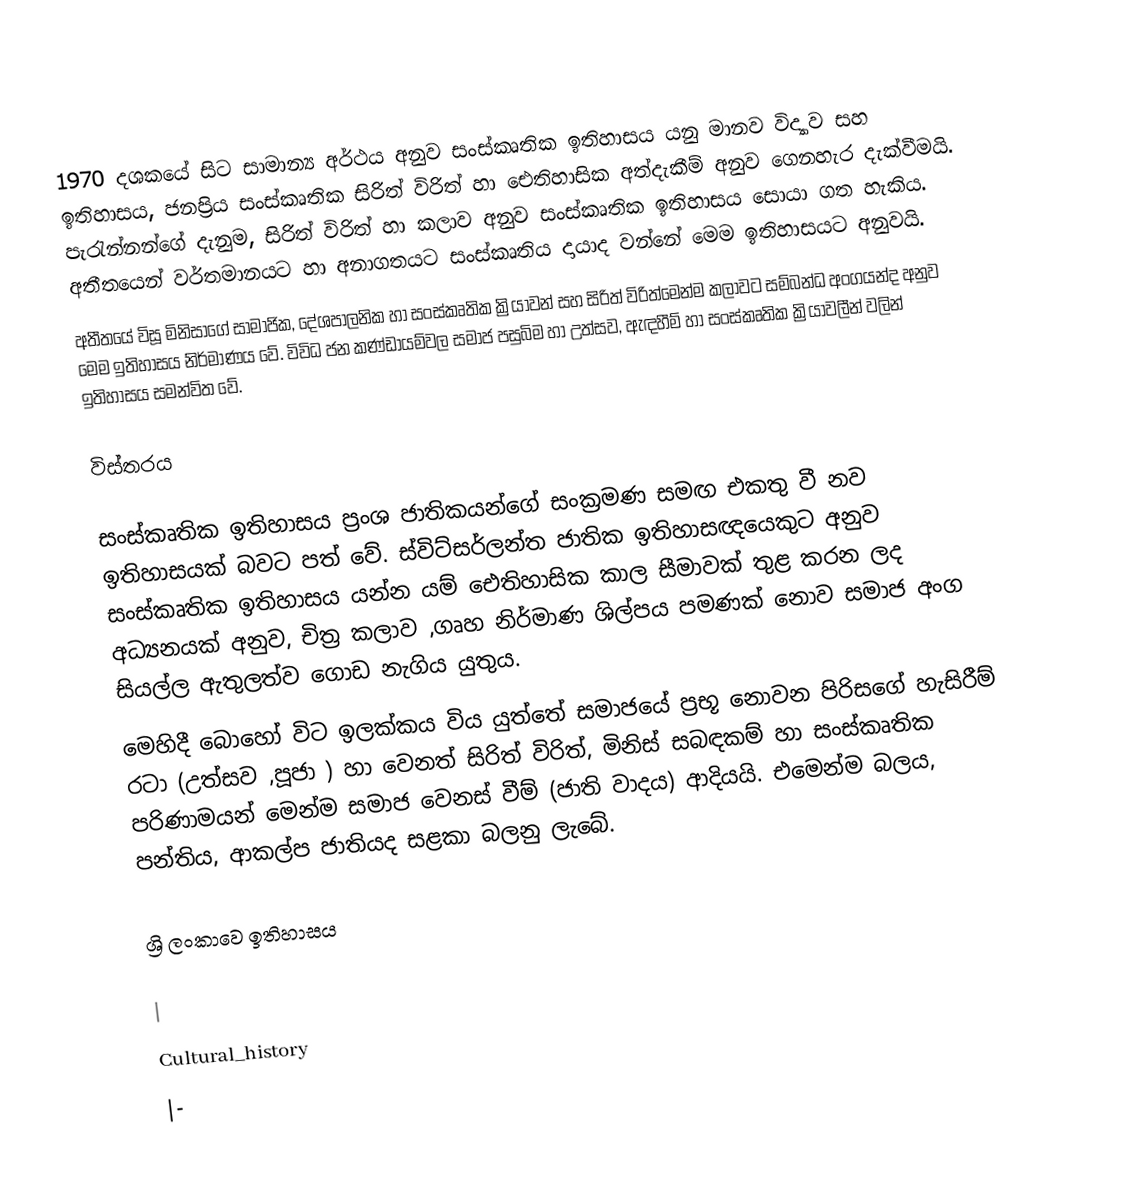
1970 දශකයේ සිට සාමාන්‍ය අර්ථය අනුව සංස්කෘතික ඉතිහාසය යනු මානව විද්‍යාව සහ ඉතිහාසය, ජනප්‍රිය සංස්කෘතික සිරිත් විරිත් හා ඓතිහාසික අත්දැකීම් අනුව ගෙනහැර දැක්වීමයි. පැරැන්නන්ගේ දැනුම, සිරිත් විරිත් හා කලාව අනුව සංස්කෘතික ඉතිහාසය සොයා ගත හැකිය. අතීතයෙන් වර්තමානයට හා අනාගතයට සංස්කෘතිය දායාද වන්නේ මෙම ඉතිහාසයට අනුවයි.
අතීතයේ විසූ මිනිසාගේ සාමාජික, දේශපාලනික හා සංස්කෘතික ක්‍රියාවන් සහ සිරිත් විරිත්මෙන්ම කලාවට සම්බන්ධ අංගයන්ද අනුව මෙම ඉතිහාසය නිර්මාණය වේ. විවිධ ජන කණ්ඩායම්වල සමාජ පසුබිම හා උත්සව, ඇඳහීම් හා සංස්කෘතික ක්‍රියාවලීන් වලින් ඉතිහාසය සමන්විත වේ.

විස්තරය

සංස්කෘතික ඉතිහාසය ප්‍රංශ ජාතිකයන්ගේ සංක්‍රමණ සමඟ එකතු වී නව ඉතිහාසයක් බවට පත් වේ. ස්විට්සර්ලන්ත ජාතික ඉතිහාසඥයෙකුට අනුව සංස්කෘතික ඉතිහාසය යන්න යම් ඓතිහාසික කාල සීමාවක් තුළ කරන ලද අධ්‍යනයක් අනුව, චිත්‍ර කලාව ,ගෘහ නිර්මාණ ශිල්පය පමණක් නොව සමාජ අංග සියල්ල ඇතුලත්ව ගොඩ නැගිය යුතුය.
මෙහිදී බොහෝ විට ඉලක්කය විය යුත්තේ සමාජයේ ප්‍රභූ නොවන පිරිසගේ හැසිරීම් රටා (උත්සව ,පූජා ) හා වෙනත් සිරිත් විරිත්, මිනිස් සබඳකම් හා සංස්කෘතික පරිණාමයන් මෙන්ම සමාජ වෙනස් වීම් (ජාති වාදය) ආදියයි. එමෙන්ම බලය, පන්තිය, ආකල්ප ජාතියද සළකා බලනු ලැබේ.

ශ්‍රි ලංකාවෙ ඉතිහාසය

|
Cultural_history
|-